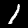
Label: 1